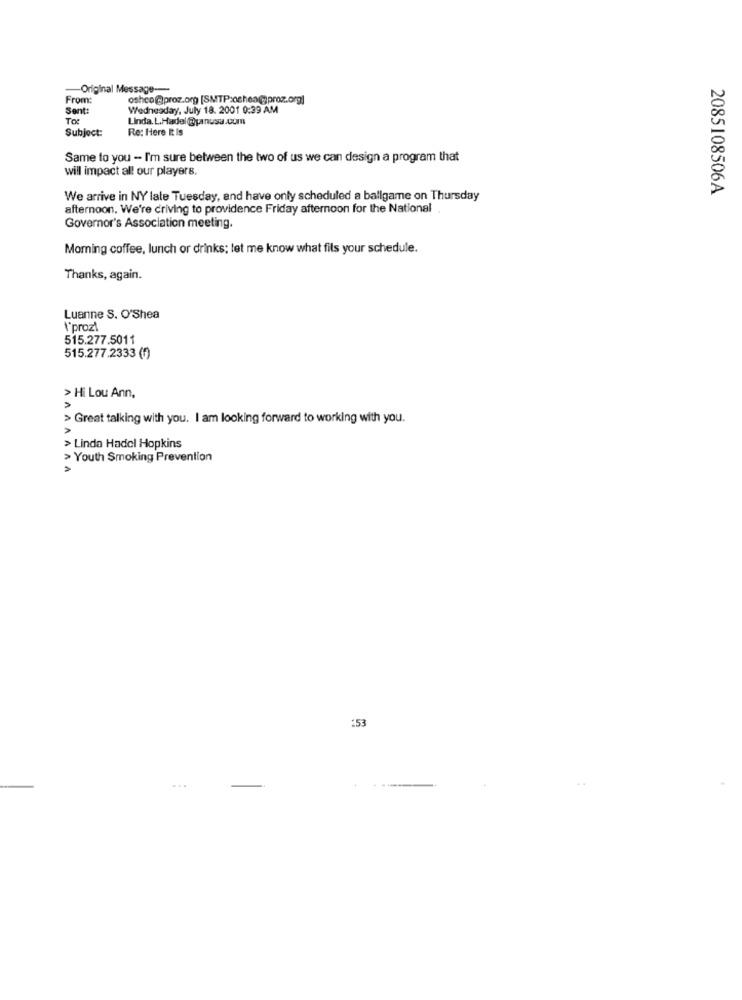
-Original Message ---
From:
oshco@proz.org [SMTP:oshea@proz.org]
Sent:
Wednesday, July 18. 2001 0:39 AM
TO
Linda. L.Hadel @panusa.com
Subject:
Re: Here It Is
Same to you - I'm sure between the two of us we can design a program that
will impact all our players.
2085108506A
We arrive in NY late Tuesday, and have only scheduled a ballgame on Thursday
afternoon. We're driving to providence Friday afternoon for the National.
Governor's Association meeting.
Moming coffee, lunch or drinks; let me know what fils your schedule.
Thanks, again.
Luanne S. O'Shea
\'prozt
515.277.5011
515.277.2333 (1)
> Hi Lou Ann,
> Great talking with you. I am looking forward to working with you.
> Linda Hadcl Hopkins
> Youth Smoking Prevention
153